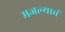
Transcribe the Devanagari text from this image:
मजल्याचं